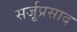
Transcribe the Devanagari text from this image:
सर्जूप्रसाद